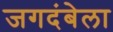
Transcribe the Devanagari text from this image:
जगदंबेला